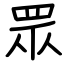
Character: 眾